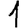
Digit: 1